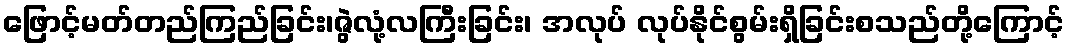
ဖြောင့်မတ်တည်ကြည်ခြင်း၊ဇွဲလုံ့လကြီးခြင်း၊ အလုပ် လုပ်နိုင်စွမ်းရှိခြင်းစသည်တို့ကြောင့်